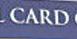
card